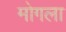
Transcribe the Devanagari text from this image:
मोगला